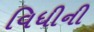
વિધીની